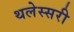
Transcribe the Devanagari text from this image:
थलेस्सरी